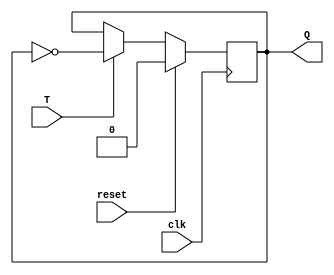
module ttf(T, clk, Q, reset);
input T, clk, reset;
output Q;
reg Q;

always @(negedge clk)
begin 
    if(reset)
        Q=0;
    else begin
        if(T)
        Q=~Q;
        else
        Q=Q;
    end
end
endmodule

module test;
reg T,clk, reset;
wire Q;
always #5 clk = ~clk;
ttf i(T,clk, Q, reset);
initial 
begin
    T=1'b0; clk=1'b0; reset=1;
    $monitor("time:%f, T=%b, clk=%b, Q=%b",$time, T,clk,Q);
    #5 reset = 0;
    #5 T=1'b1;
    #5 T=1'b1;
    #5 T=1'b1;
    #5 T=1'b1;
    #5 $finish;
end
endmodule